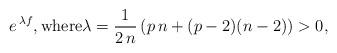
LaTeX: \begin{align*} e^{\,\lambda f},{\rm where}\lambda = \frac1{2\,n}\,(p\,n + (p-2)(n-2))>0,\end{align*}